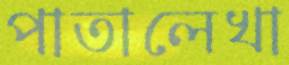
পাতালেখা